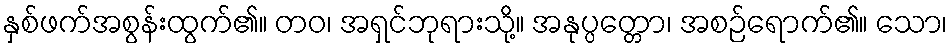
နှစ်ဖက်အစွန်းထွက်၏။ တဝ၊ အရှင်ဘုရားသို့။ အနုပ္ပတ္တော၊ အစဉ်ရောက်၏။ သော၊